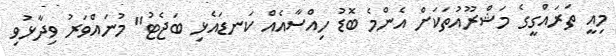
މިއީ ތަރައްގީގެ މަޝްރޫއުތަކަށް އެންމެ ބޮޑު ހިއްސާއެއް ކަނޑައެޅި ބަޖެޓު" މުނައްވަރު ވިދާޅުވި